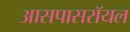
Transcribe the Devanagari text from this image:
आसपासरॉयल